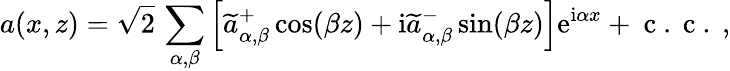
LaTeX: a(x,z)=\sqrt{2}\, \sum_{\alpha,\beta}\left[\widetilde{a}_{\alpha,\beta}^{+}\cos(\beta z)+\mathrm{i}\widetilde{a}_{\alpha,\beta}^{-}\sin(\beta z)\right]\mathrm{e}^{\mathrm{i}\alpha x}+\mathrm{~c~.~c~.~},